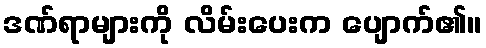
ဒဏ်ရာများကို လိမ်းပေးက ပျောက်၏။